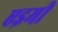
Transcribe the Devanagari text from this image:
एइमी